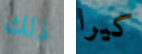
ذلك كيرا